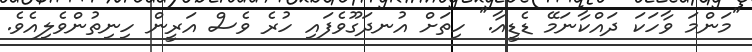
"މަންމަ ވާހަކަ ދައްކާނަމޭ ޑެޑީއާ." ހިތަށް އުނދަގޫވެފައި ހުރެ ވެސް އަރީން ހިނިތުންވެލިއެވެ.